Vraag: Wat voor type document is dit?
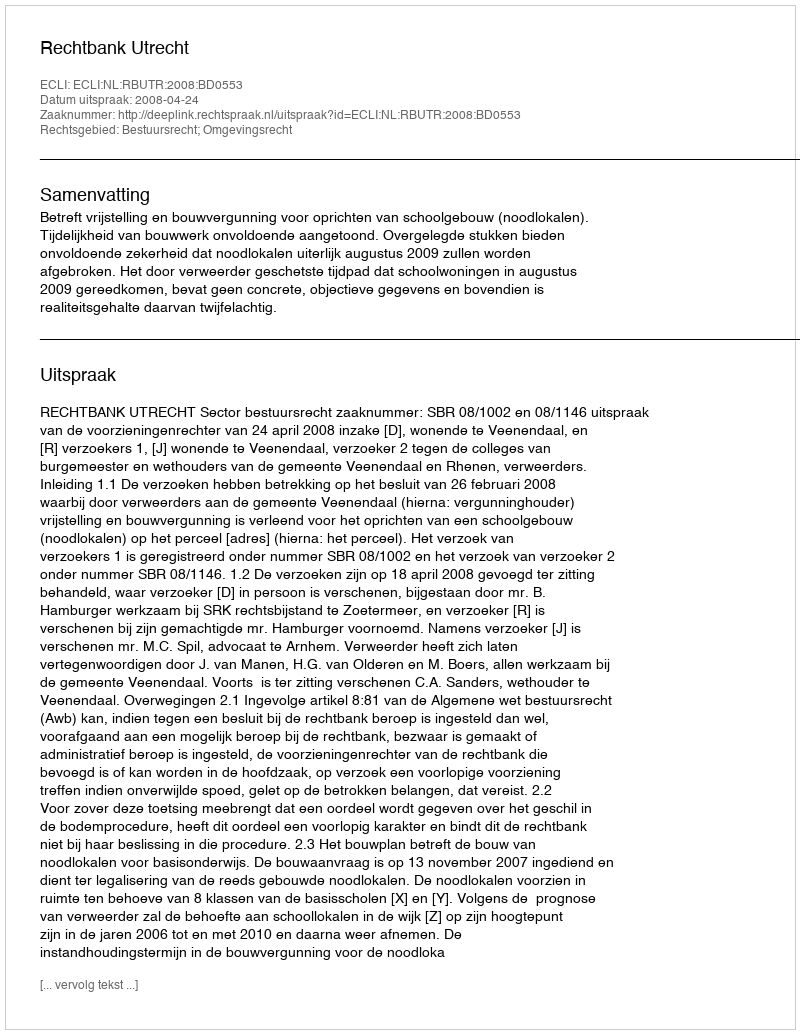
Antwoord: Uitspraak